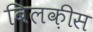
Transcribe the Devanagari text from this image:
बिलक़ीस